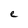
Character: e